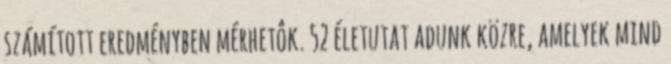
számított eredményben mérhetôk. 52 életutat adunk közre, amelyek mind